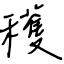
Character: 穫